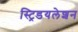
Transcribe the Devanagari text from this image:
स्ट्रिडयलेशन